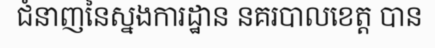
ជំនាញនៃស្នងការដ្ឋាន នគរបាលខេត្ត បាន